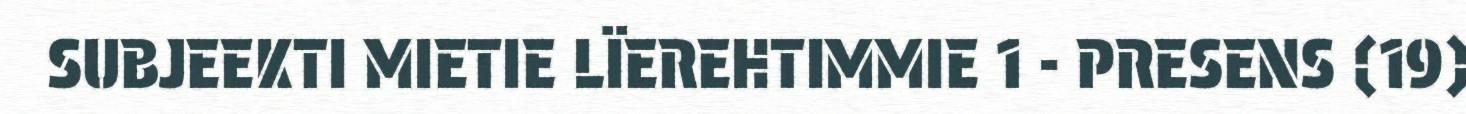
SUBJEEKTI MIETIE LÏEREHTIMMIE 1 - PRESENS (19)